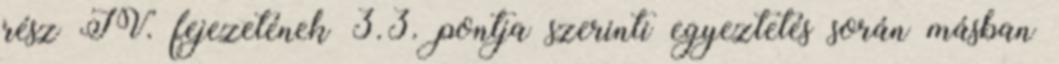
rész IV. fejezetének 3.3. pontja szerinti egyeztetés során másban